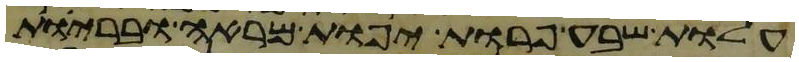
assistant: עלות שבע פרות יפות מראה ובריות